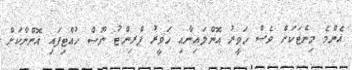
އެންމެ މިނެޓަކަށް ވެސް ހަވީރު އޮންލައިނާއި ހަވީރު ޕްރިންޓު ނޫސް ހުއްޓިފައި އޮންނާކަށް